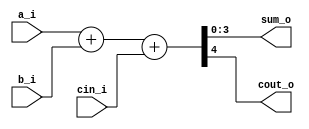
module FourBits_Adder(a_i, b_i, cin_i, sum_o, cout_o);
parameter NBIT = 4;

input       [NBIT-1 : 0] a_i;
input       [NBIT-1 : 0] b_i;
input 						 cin_i;
output wire [NBIT-1 : 0] sum_o;
output wire 				 cout_o;

wire [NBIT:0]temp;

assign temp = a_i + b_i + cin_i;
	
assign sum_o = temp[NBIT-1 : 0];
	
assign cout_o = temp[NBIT];
	
endmodule